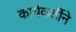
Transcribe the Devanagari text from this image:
कार्यकर्तीने